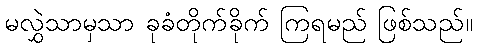
မလွှဲသာမှသာ ခုခံတိုက်ခိုက် ကြရမည် ဖြစ်သည်။